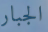
الجبار